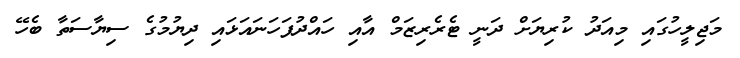
މަޖިލީހުގައި މިއަދު ކުރިޔަށް ދަނީ ޓެރެރިޒަމް އާއި ހައްދުފަހަނައަޅައި ދިޔުމުގެ ސިޔާސަތާ ބެހޭ